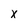
Character: X